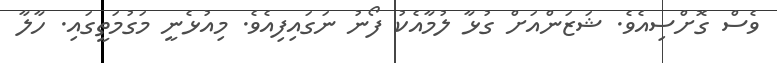
ވެސް ގޮށްސިއެވެ. ޝަޒަންއަށް ގުޅާ ލުމާއެކު ފޯނު ނަގައިފިއެވެ. މިއުޅެނީ މަގުމަތީގައި. ހާލާ